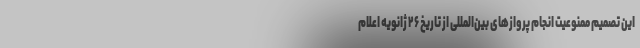
این تصمیم ممنوعیت انجام پرواز‌های بین‌المللی از تاریخ ۲۶ ژانویه اعلام